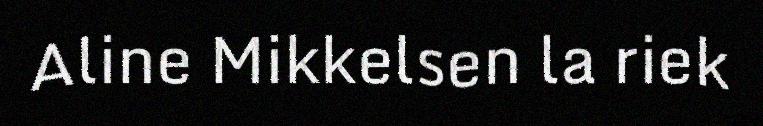
Aline Mikkelsen la riek